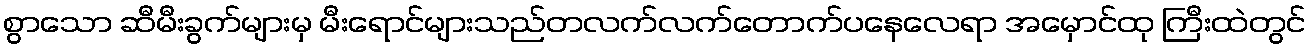
စွာသော ဆီမီးခွက်များမှ မီးရောင်များသည်တလက်လက်တောက်ပနေလေရာ အမှောင်ထု ကြီးထဲတွင်